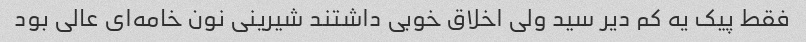
فقط پیک یه کم دیر سید ولی اخلاق خوبی داشتند شیرینی نون خامه‌ای عالی بود